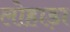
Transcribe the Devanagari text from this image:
लोहाड़ा